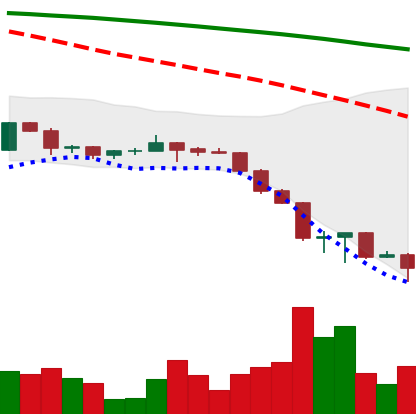
Ticker: ETH-USD
Chart end date: 2022-06-18
Forward return: 15.071%
Label: up_7plus